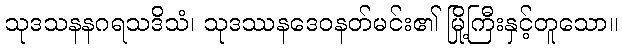
သုဒသနနဂရသဒိသံ၊ သုဒဿနဒေဝနတ်မင်း၏ မြို့ကြီးနှင့်တူသော။